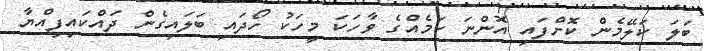
ބަލަ ކަލޭމެން ކޮށްފައި އޮންނަ ކަމެއްގެ ވާހަކަ މީހަކު ހޯދައި ބަލައިގެން ދައްކައިފިއްޔާ